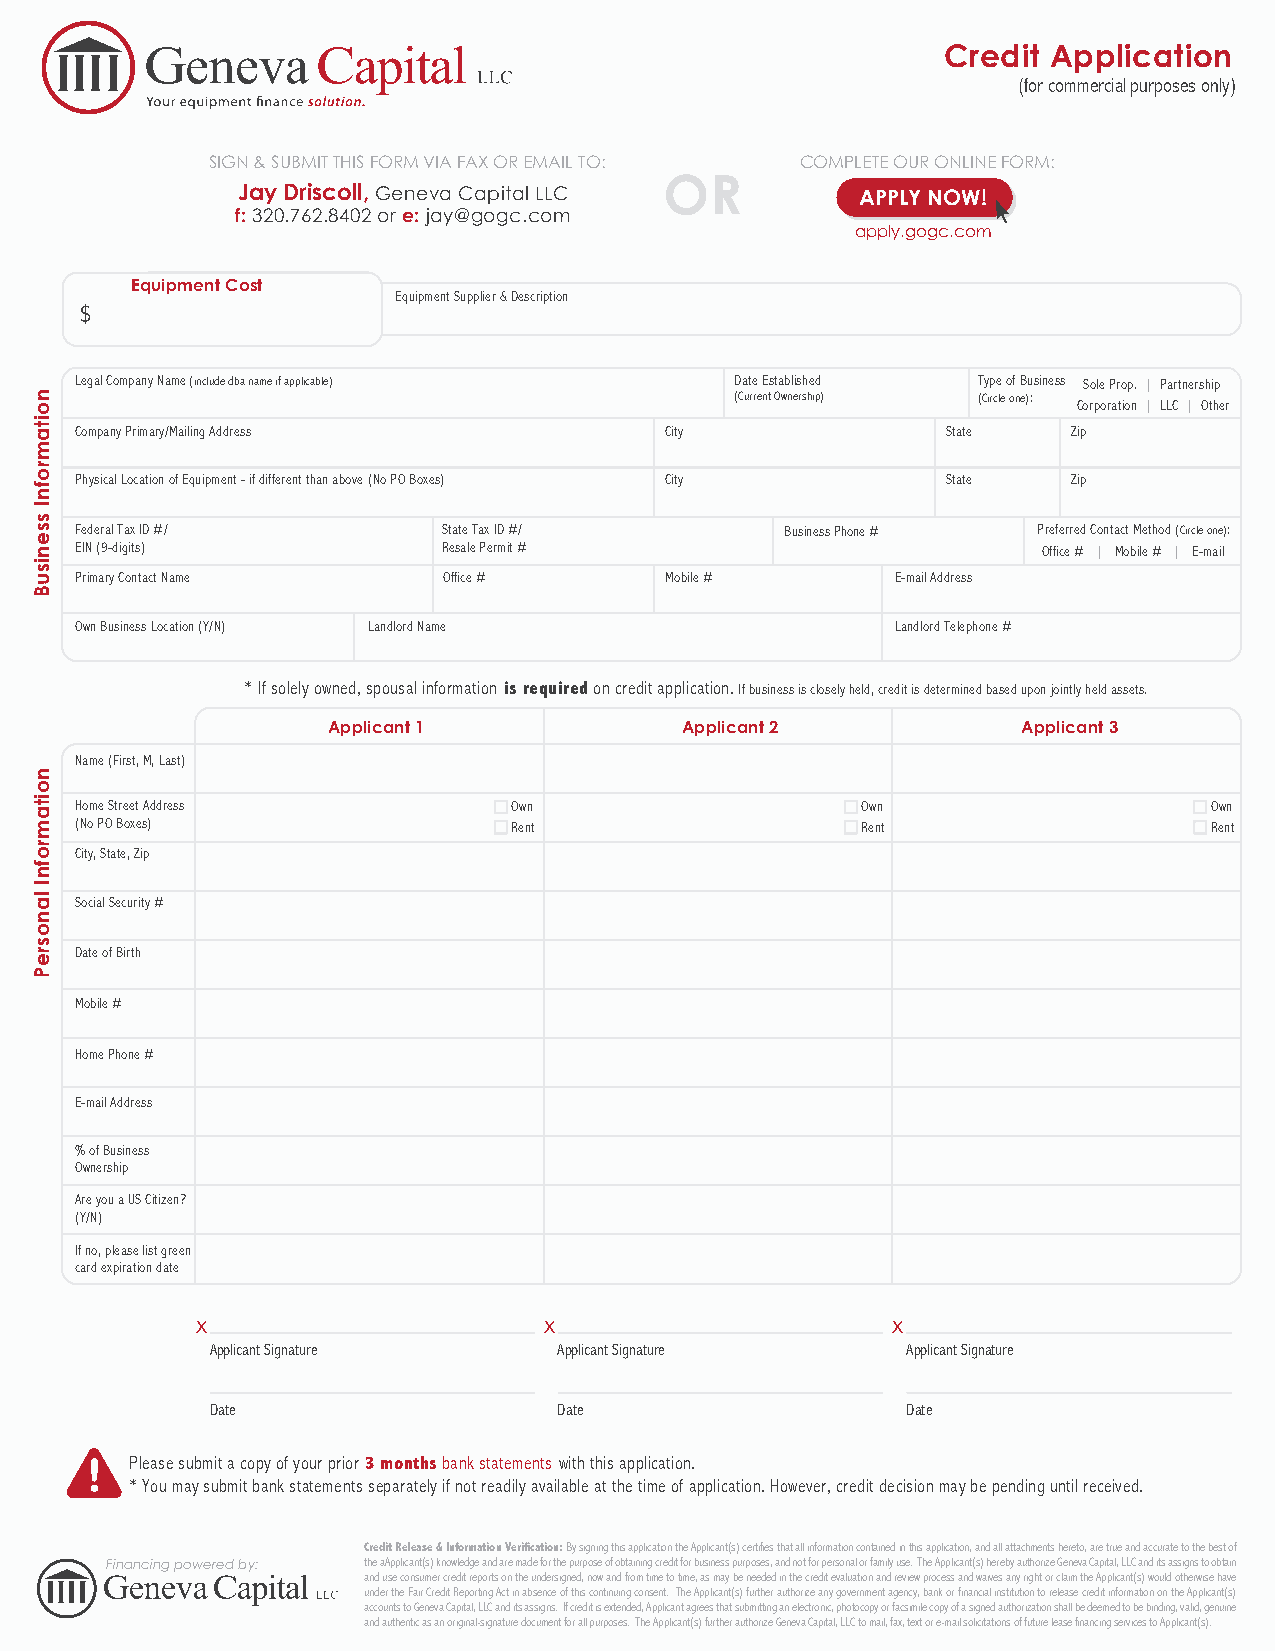
Credit Application
 (for commercial purposes only)
 SIGN & SUBMIT THIS FORM VIA FAX OR EMAIL TO: COMPLETE OUR ONLINE FORM:
 OR
 Jay Driscoll, Geneva Capital LLC         APPLY NOW!
 f: 320.762.8402 or e:j ay@gogc.com
 apply.gogc.com
 Equipment Cost
 Equipment Supplier & Description
 $
 Legal Company Name (include dba name if applicable) Date Established Type of Business Sole Prop. | Partnership
 (Current Ownership) (Circle one): Corporation | LLC | Other
 Company Primary/Mailing Address        City               State   Zip
 Physical Location of Equipment - if different than above (No PO Boxes) City State Zip
 Federal Tax ID #/       State Tax ID #/        Business Phone # Preferred Contact Method (Circle one):
 EIN (9-digits)          Resale Permit #                         Office # | Mobile # | E-mail
 Primary Contact Name    Office #       Mobile #       E-mail Address
 Own Business Location (Y/N) Landlord Name             Landlord Telephone #
 *If solely owned, spousal information is required on credit application. If business is closely held, credit is determined based upon jointly held assets.
 Applicant 1            Applicant 2            Applicant 3
 Name (First, M, Last)
 Home Street Address          Own                    Own                    Own
 (No PO Boxes)                Rent                   Rent                   Rent
 City, State, Zip
 Social Security #
 Date of Birth
 Mobile #
 Home Phone #
 E-mail Address
 % of Business
 Ownership
 Are you a US Citizen?
 (Y/N)
 If no, please list green
 card expiration date
 X                      X                      X
 Applicant Signature    Applicant Signature    Applicant Signature
 Date                   Date                   Date
 Please submit a copy of your prior 3 months bank statements with this application.
 *You may submit bank statements separately if not readily available at the time of application. However, credit decision may be pending until received.
 Credit Release & Information Verification: By signing this application the Applicant(s) certifies that all information contained in this application, and all attachments hereto, are true and accurate to the best of
 Financing powered by: the aApplicant(s) knowledge and are made for the purpose of obtaining credit for business purposes, and not for personal or family use. The Applicant(s) hereby authorize Geneva Capital, LLC and its assigns to obtain
 and use consumer credit reports on the undersigned, now and from time to time, as may be needed in the credit evaluation and review process and waives any right or claim the Applicant(s) would otherwise have
 under the Fair Credit Reporting Act in absence of this continuing consent. The Applicant(s) further authorize any government agency, bank or financial institution to release credit information on the Applicant(s)
 accounts to Geneva Capital, LLC and its assigns. If credit is extended, Applicant agrees that submitting an electronic, photocopy or facsimile copy of a signed authorization shall be deemed to be binding, valid, genuine
 and authentic as an original-signature document for all purposes. The Applicant(s) further authorize Geneva Capital, LLC to mail, fax, text or e-mail solicitations of future lease financing services to Applicant(s).
 noitamrofnI
 ssenisuB
 noitamrofnI
 lanosreP